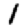
Digit: 1